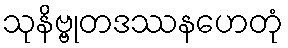
သုနိဗ္ဗုတဒဿနဟေတုံ